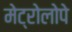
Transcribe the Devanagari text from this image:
मेट्रोलोपे